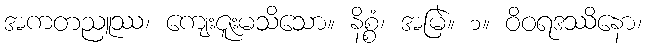
အကတညူဿ၊ ကျေးဇူးမသိသော။ နိစ္စံ၊ အမြဲ။ ၁။ ဝိဝရဒဿိနော၊